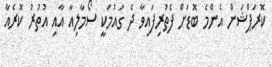
ކޮރަޕްޝަން އެންމެ ބޮޑަށް ފެތުރިފައިވާ ދެ ގައުމަކީ ސޯމާލިއާ އާއި އުތުރު ކޮރެއާ